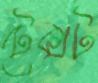
টেক্সট